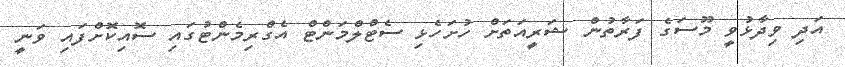
އަދި ވިދާޅުވީ މޫސަގެ ފަރާތުން ޝަރީއަތަށް ހުށަހެޅި ސެޓްލްމަންޓް އެގްރިމެންޓުގައި ސޮއިކޮށްފައި ވަނީ